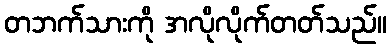
တဘက်သားကို အလိုလိုက်တတ်သည်။